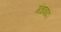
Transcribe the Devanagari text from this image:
गंधवाद।